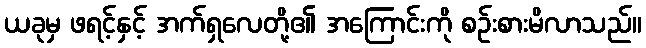
ယခုမှ ဖရင့်နှင့် အက်ရှလေတို့၏ အကြောင်းကို စဉ်းစားမိလာသည်။